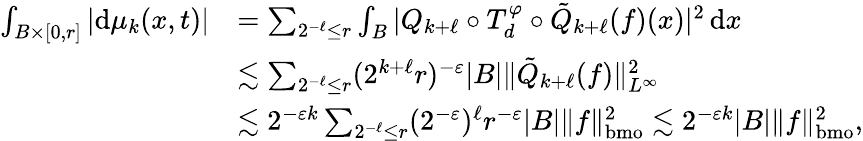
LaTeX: \begin{array}{rl}{∫_{B×[0,r]}|\mathrm dμ_{k}(x,t)|}&{=∑_{2^{-ℓ}≤r}∫_{B}|Q_{k+ℓ}∘T_{d}^{φ}∘\tilde{Q}_{k+ℓ}(f)(x)|^{2}\, \mathrm{d}x}\\ &{\lesssim∑_{2^{-ℓ}≤r}(2^{k+ℓ}r)^{-ε}|B|\| \tilde{Q}_{k+ℓ}(f)\| _{L^{∞}}^{2}}\\ &{\lesssim 2^{-εk}∑_{2^{-ℓ}≤r}(2^{-ε})^{ℓ}r^{-ε}|B|\| f\| _{\mathrm{bmo}}^{2}\lesssim 2^{-εk}|B|\| f\| _{\mathrm{bmo}}^{2},}\end{array}